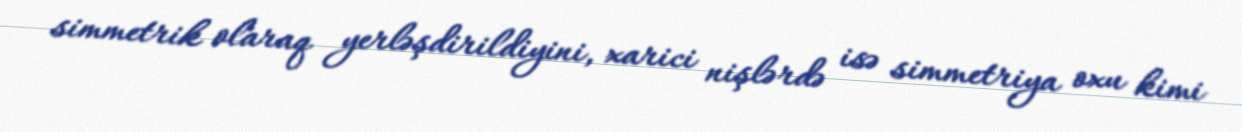
simmetrik olaraq yerləşdirildiyini, xarici nişlərdə isə simmetriya oxu kimi